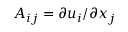
A _ { i j } = \partial u _ { i } / \partial x _ { j }